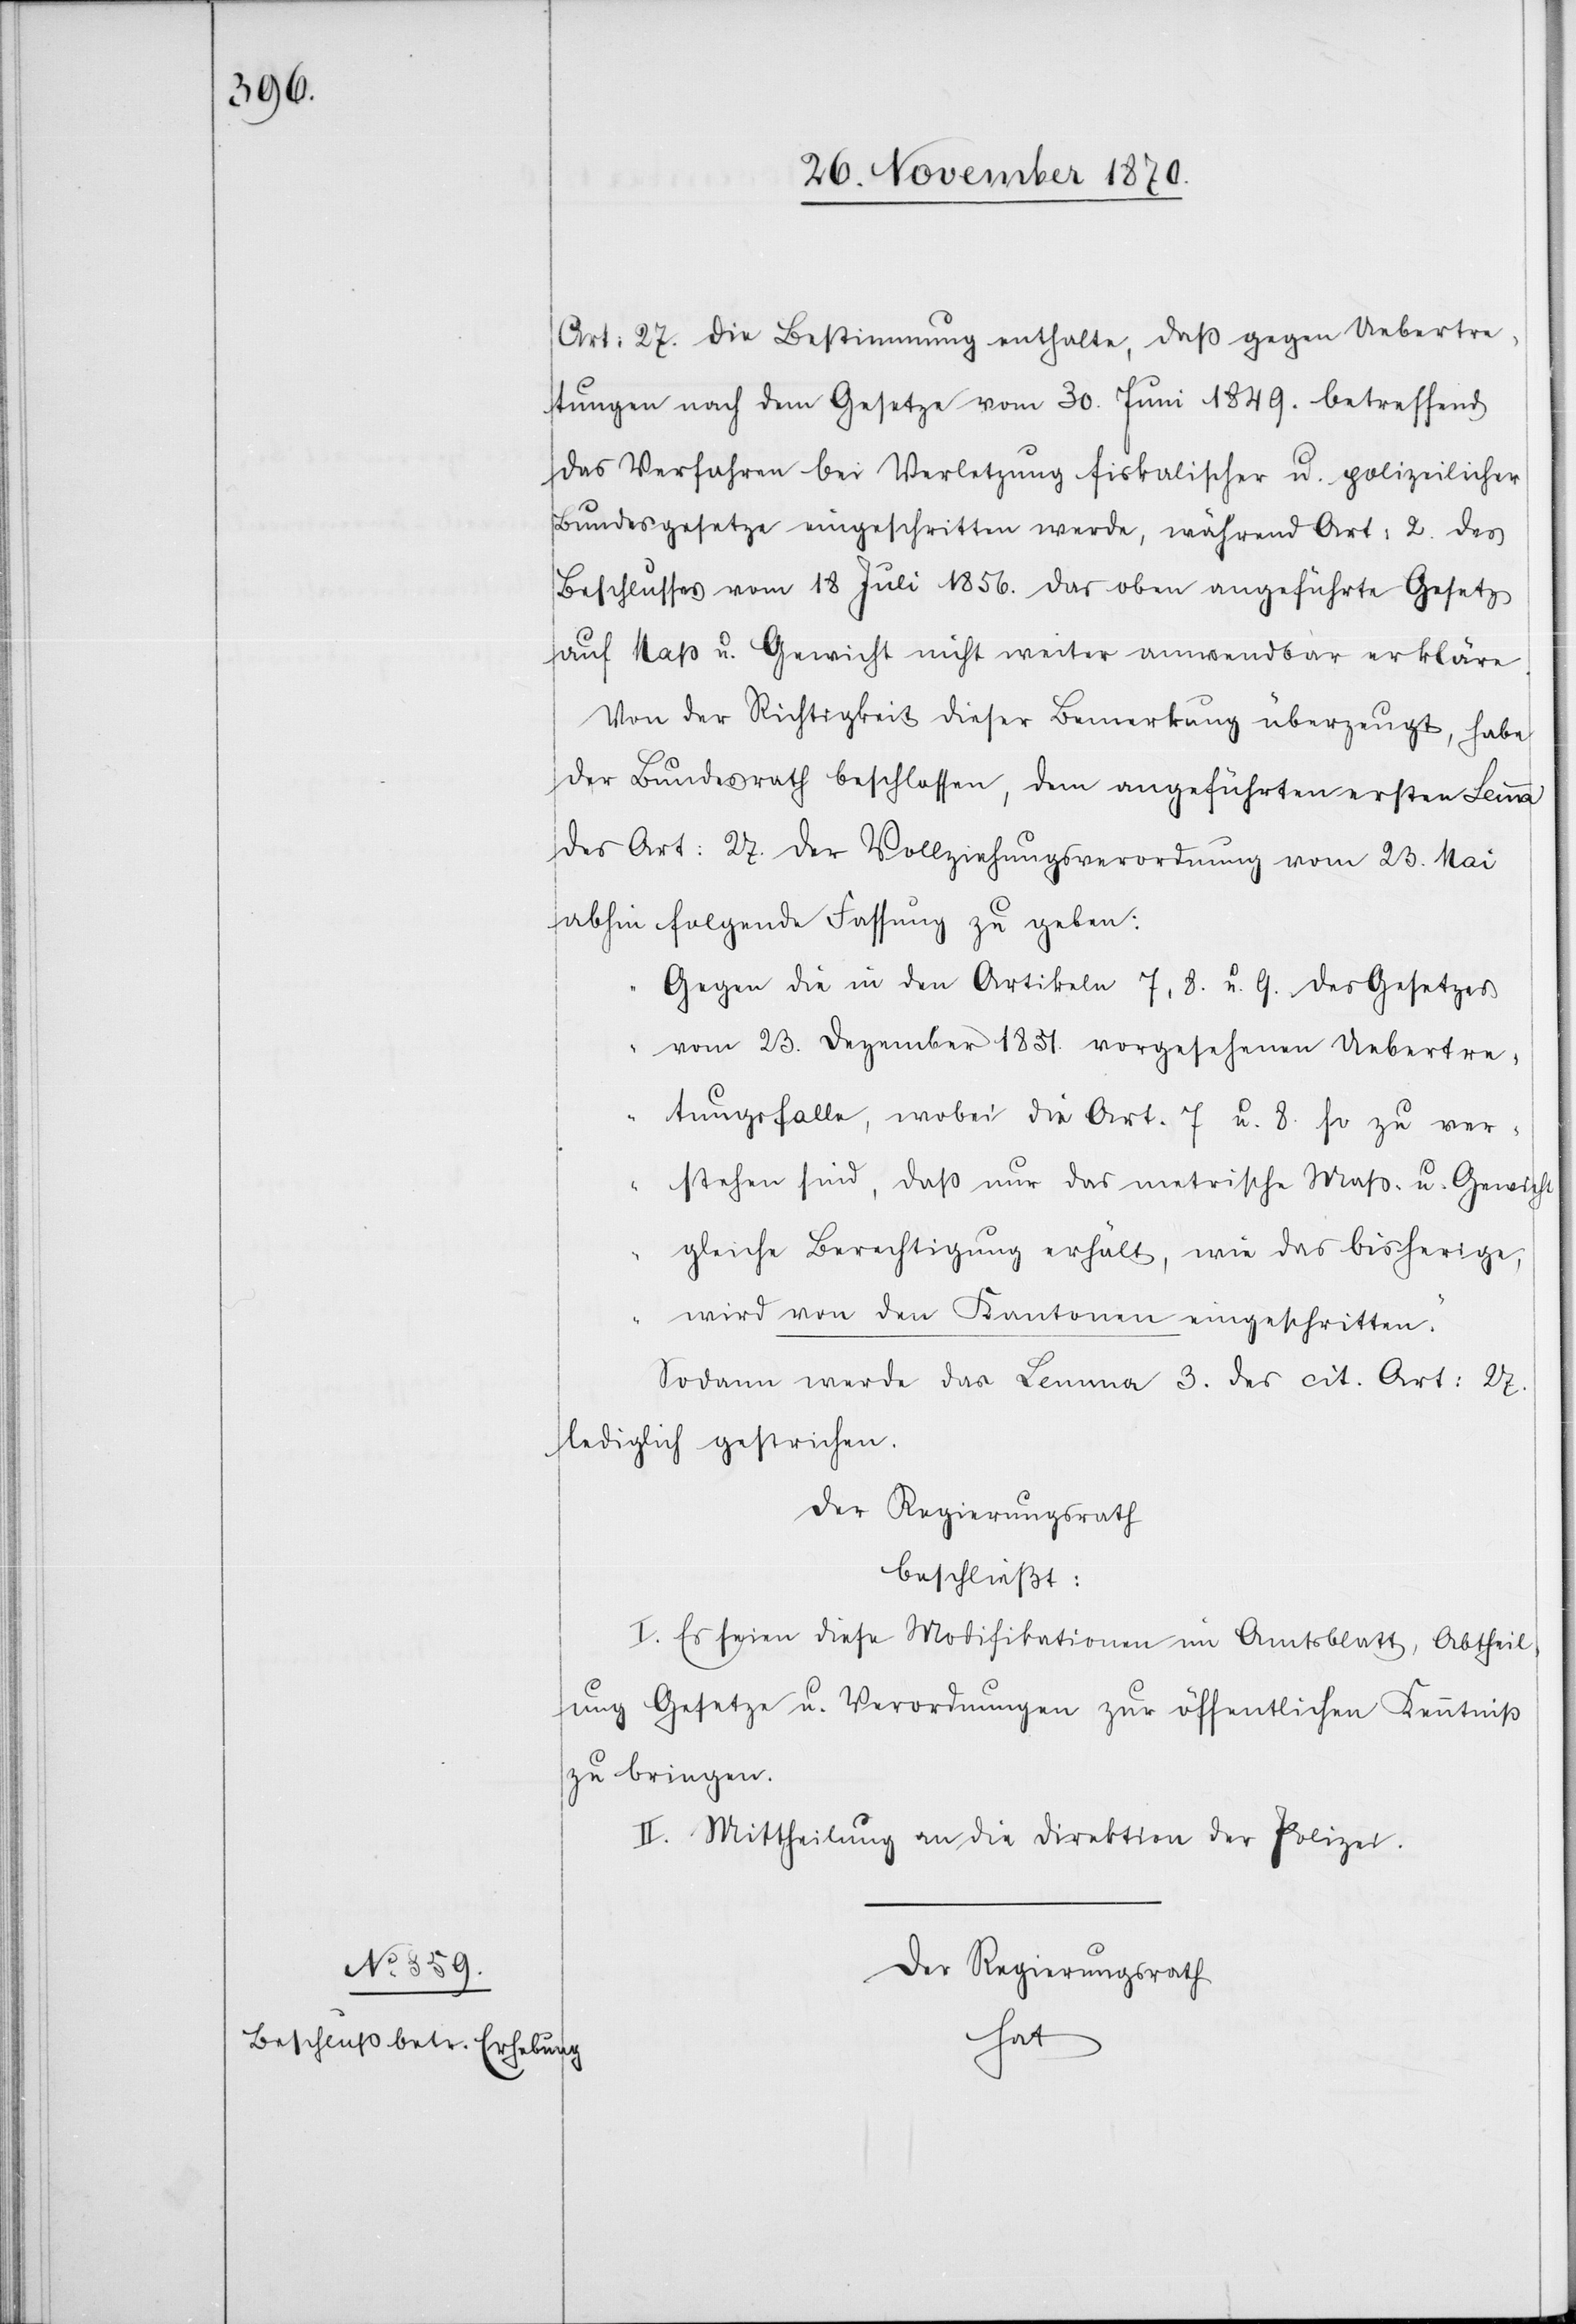
Art: 27. die Bestimmung enthalte, daß gegen Uebertre¬
tungen nach dem Gesetze vom 30. Juni 1849. betreffend
das Verfahren bei Verletzung fiskalischer u. polizeilicher
Bundesgesetze eingeschritten werde, während Art: 2 des
Beschlusses vom 18 Juli 1856. das oben angeführte Gesetz
auf Maß u. Gewicht nicht weiter anwendbar erkläre.
Von der Richtigkeit dieser Bemerkung überzeugt, habe
der Bundesrath beschlossen, dem angeführten ersten Lemma
des Art: 27. der Vollziehungsverordnung vom 23. Mai
abhin folgende Fassung zu geben:
„Gegen die in den Artikeln 7, 8 u. 9 des Gesetzes
vom 23. Dezember 1831. vorgesehenen Uebertre¬
tungsfalle, wobei die Art. 7 u. 8. so zu ver¬
stehen sind, daß nur das metrische Maß u. Gewicht
gleiche Berechtigung erhält, wie das bisherige
wird von den Kantonen eingeschritten.“
Sodann werde das Lemma 3. des cit. Art: 27
lediglich gestrichen.
Der Regierungsrath
beschließt:
I. Es seien diese Modifikationen im Amtsblatt, Abtheil¬
ung Gesetze u. Verordnungen zur öffentlichen Kenntniß
zu bringen.
II. Mittheilung an die Direktion der Polizei.
Der Regierungsrath
hat